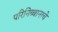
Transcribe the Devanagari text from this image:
परिनिब्बानाचे